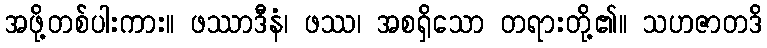
အဖို့တစ်ပါးကား။ ဖဿာဒီနံ၊ ဖဿ၊ အစရှိသော တရားတို့၏။ သဟဇာတဒိ